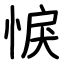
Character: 悷